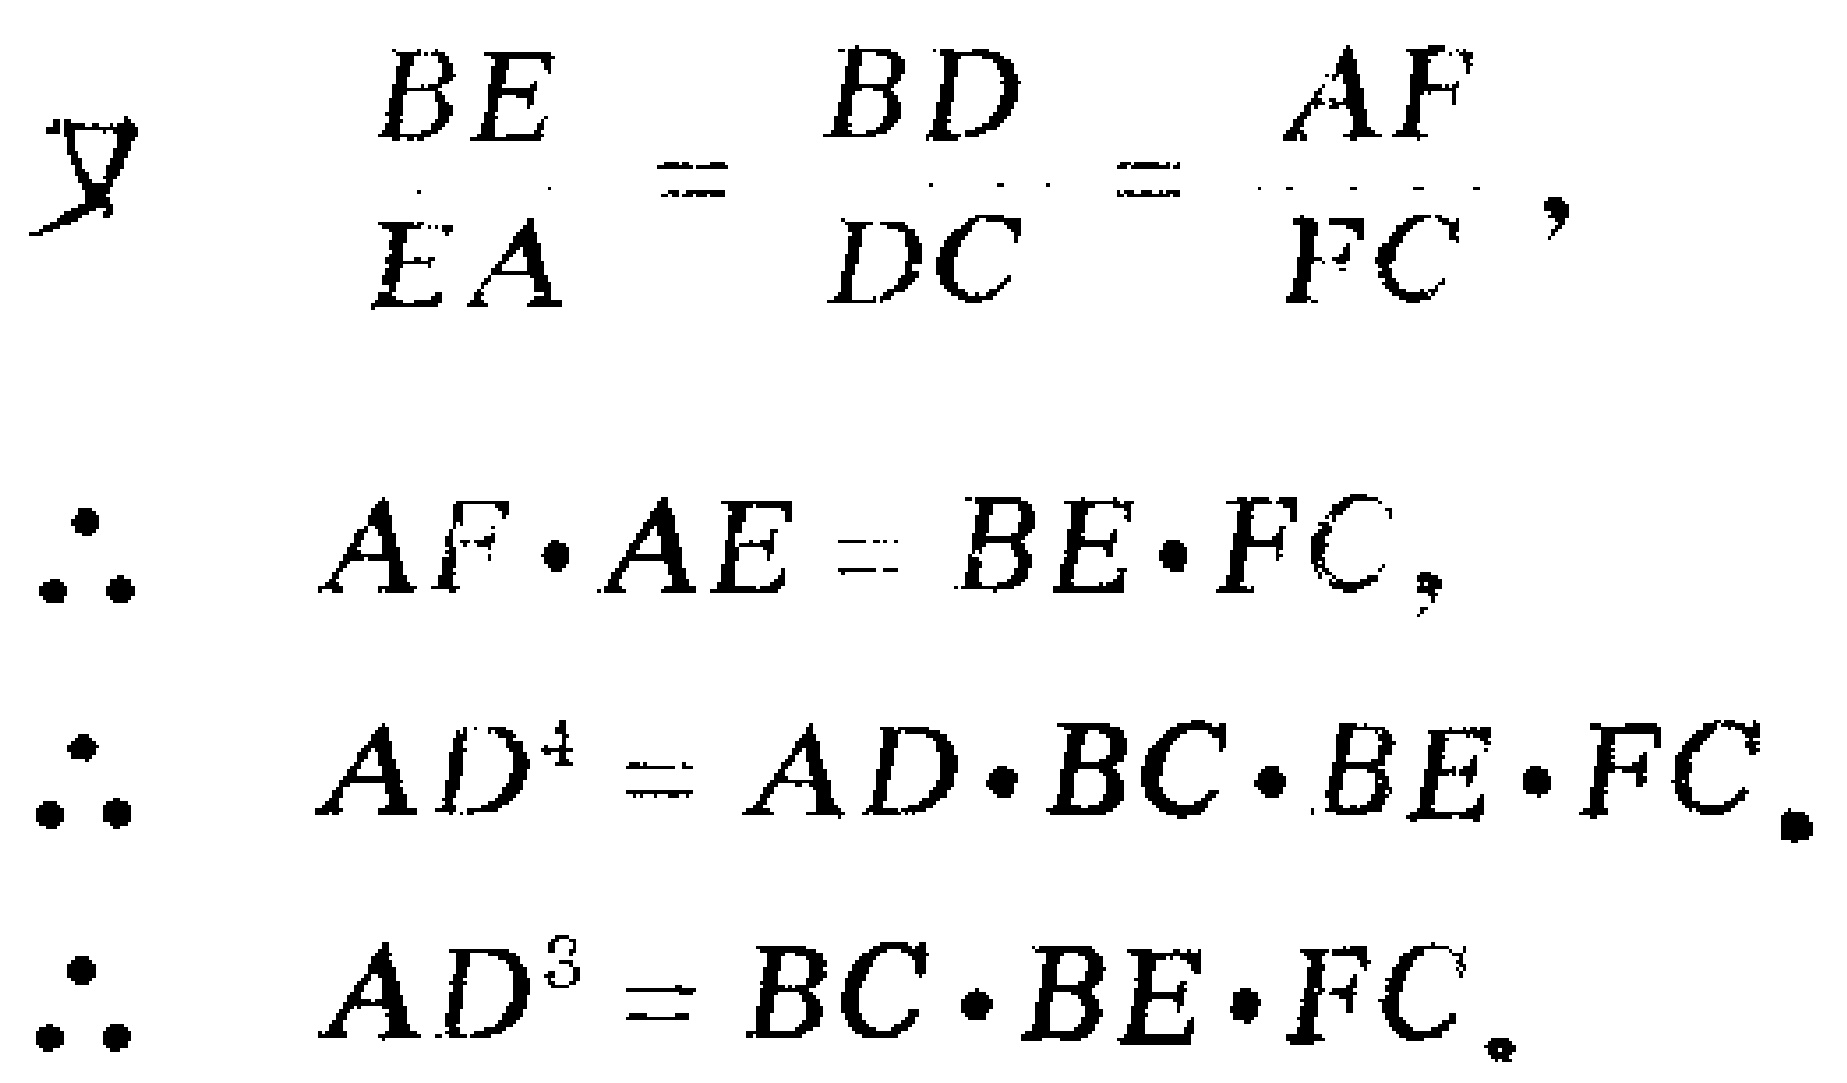
\[
\begin{align*}
\text{又}\quad\frac{BE}{EA}&=\frac{BD}{DC}=\frac{AF}{FC},\\
\therefore\quad AF\cdot AE&=BE\cdot FC,\\
\therefore\quad AD^{4}&=AD\cdot BC\cdot BE\cdot FC.\\
\therefore\quad AD^{3}&=BC\cdot BE\cdot FC.
\end{align*}
\]